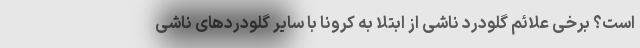
است؟ برخی علائم گلودرد ناشی از ابتلا به کرونا با سایر گلودردهای ناشی